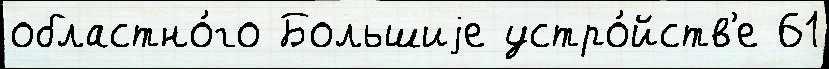
областно́го Большиjе устро́йств'е 61